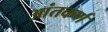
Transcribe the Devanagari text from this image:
आंतकर्ण